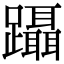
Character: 躡